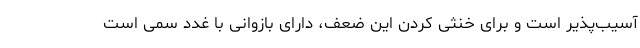
آسیب‌پذیر است و برای خنثی کردن این ضعف، دارای بازوانی با غدد سمی است